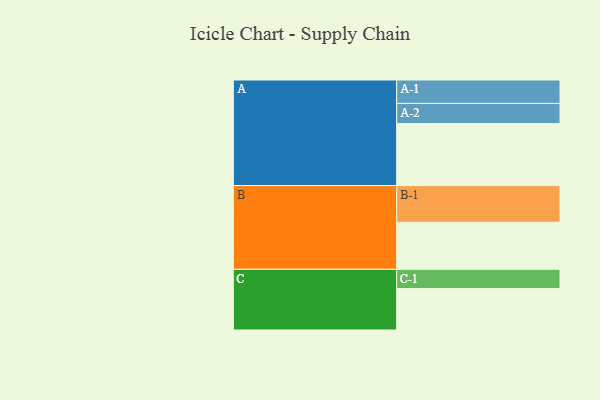
{"axis": {"x": "Segment", "y": "Value"}, "legend": ["", "A", "B", "C"], "data": [{"x": "A", "y": 496, "type": ""}, {"x": "B", "y": 376, "type": ""}, {"x": "C", "y": 331, "type": ""}, {"x": "A-1", "y": 187, "type": "A"}, {"x": "A-2", "y": 161, "type": "A"}, {"x": "B-1", "y": 293, "type": "B"}, {"x": "C-1", "y": 154, "type": "C"}]}